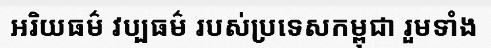
អរិយធម៌ វប្បធម៌ របស់ប្រទេសកម្ពុជា រួមទាំង